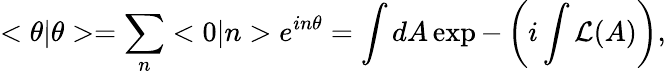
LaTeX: <\theta|\theta>=\sum_{n}<0|n>e^{in\theta}=\int dA\exp-\left(i\int{\cal L}(A)\right),